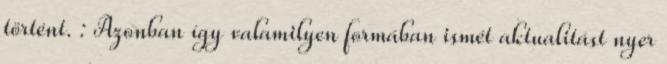
történt. : Azonban így valamilyen formában ismét aktualitást nyer